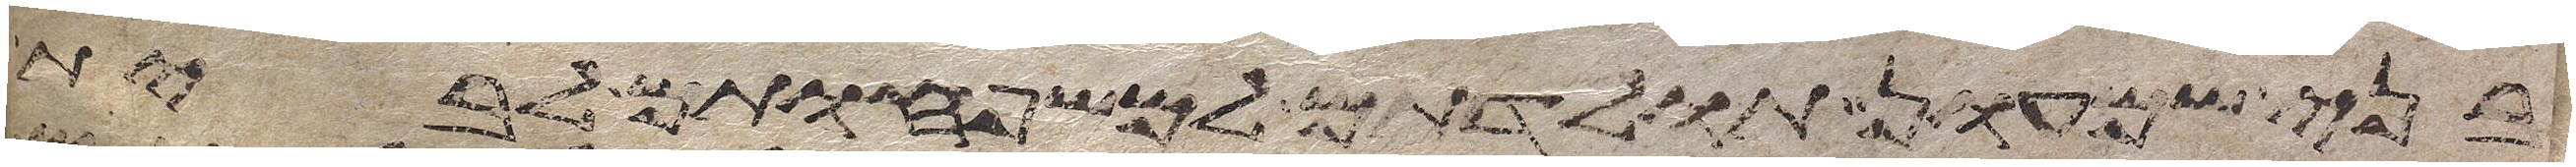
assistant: לבני שמעון תולדתם למשפחותם לבית